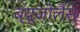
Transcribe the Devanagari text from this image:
ब्यूजोलैस